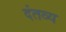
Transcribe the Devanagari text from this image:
दंतव्य